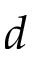
d